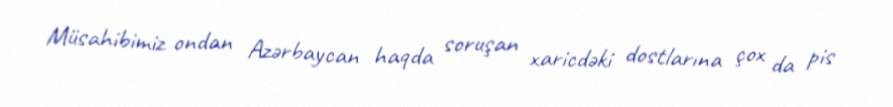
Müsahibimiz ondan Azərbaycan haqda soruşan xaricdəki dostlarına çox da pis